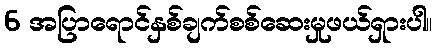
6 အပြာရောင်နှစ်ချက်စစ်ဆေးမှုဖယ်ရှားပါ။